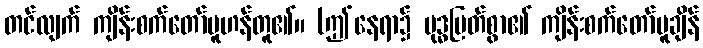
တင်လျက် ကျိန်းစက်တော်မူဟန်တူ၏။ (ဤနေရာ၌ ဗုဒ္ဓမြတ်စွာ၏ ကျိန်းစက်တော်မူချိန်